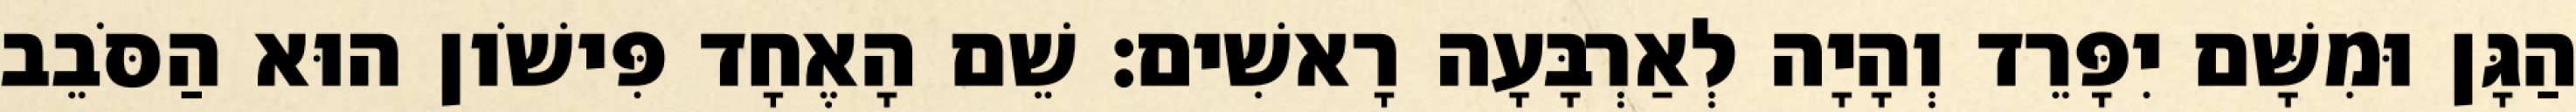
הַגָּן וּמִשָּׁם יִפָּרֵד וְהָיָה לְאַרְבָּעָה רָאשִׁים׃ שֵׁם הָאֶחָד פִּישֹׁון הוּא הַסֹּבֵב